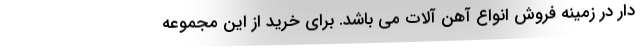
دار در زمینه فروش انواع آهن آلات می باشد. برای خرید از این مجموعه